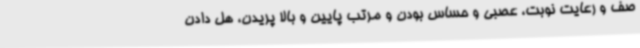
صف و رعایت نوبت، عصبی و حساس بودن و مرتب پایین و بالا پریدن، هل دادن